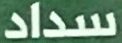
سداد